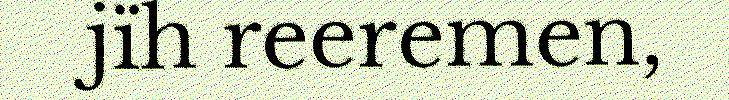
jïh reeremen,